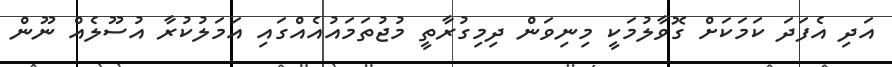
އަދި އެފަދަ ކަމަކަށް ގޮވާލުމަކީ މިނިވަން ދިމިގުރާތީ މުޖުތަމައުއެއްގައި އަމަލުކުރާ އުސޫލެއް ނޫން